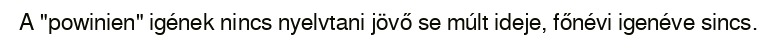
A "powinien" igének nincs nyelvtani jövő se múlt ideje, főnévi igenéve sincs.